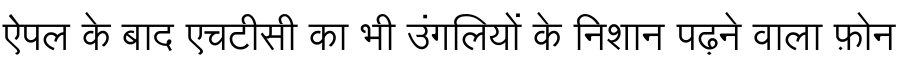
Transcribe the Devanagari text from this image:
ऐपल के बाद एचटीसी का भी उंगलियों के निशान पढ़ने वाला फ़ोन